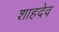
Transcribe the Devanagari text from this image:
शाहदेव